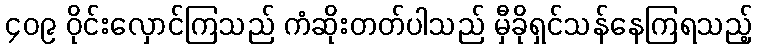
၄၀၉ ဝိုင်းလှောင်ကြသည် ကံဆိုးတတ်ပါသည် မှီခိုရှင်သန်နေကြရသည့်